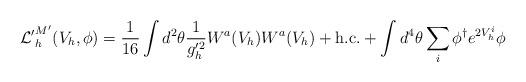
LaTeX: \begin{align*}{\cal L'}^{M'}_h(V_h,\phi) = \frac{1}{16} \int d^2 \theta \frac{1}{g'^2_h} W^a(V_h)W^a(V_h) + \mbox{h.c.} + \int d^4 \theta \sum_i \phi^{\dagger} e^{2 V_h^i} \phi\end{align*}